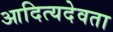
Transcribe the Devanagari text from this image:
आदित्यदेवता